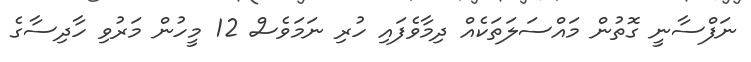
ނަފްސާނީ ގޮތުން މައްސަލަތަކެއް ދިމާވެފައި ހުރި ނަމަވެސް 12 މީހުން މަރުވި ހާދިސާގެ